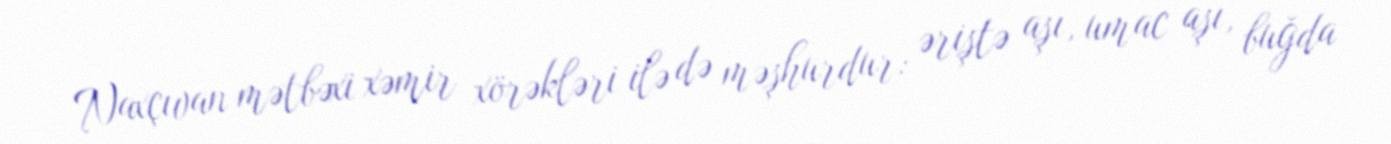
Naxçıvan mətbəxi xəmir xörəkləri ilə də məşhurdur: əriştə aşı, umac aşı, buğda